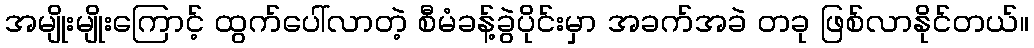
အမျိုးမျိုးကြောင့် ထွက်ပေါ်လာတဲ့ စီမံခန့်ခွဲပိုင်းမှာ အခက်အခဲ တခု ဖြစ်လာနိုင်တယ်။